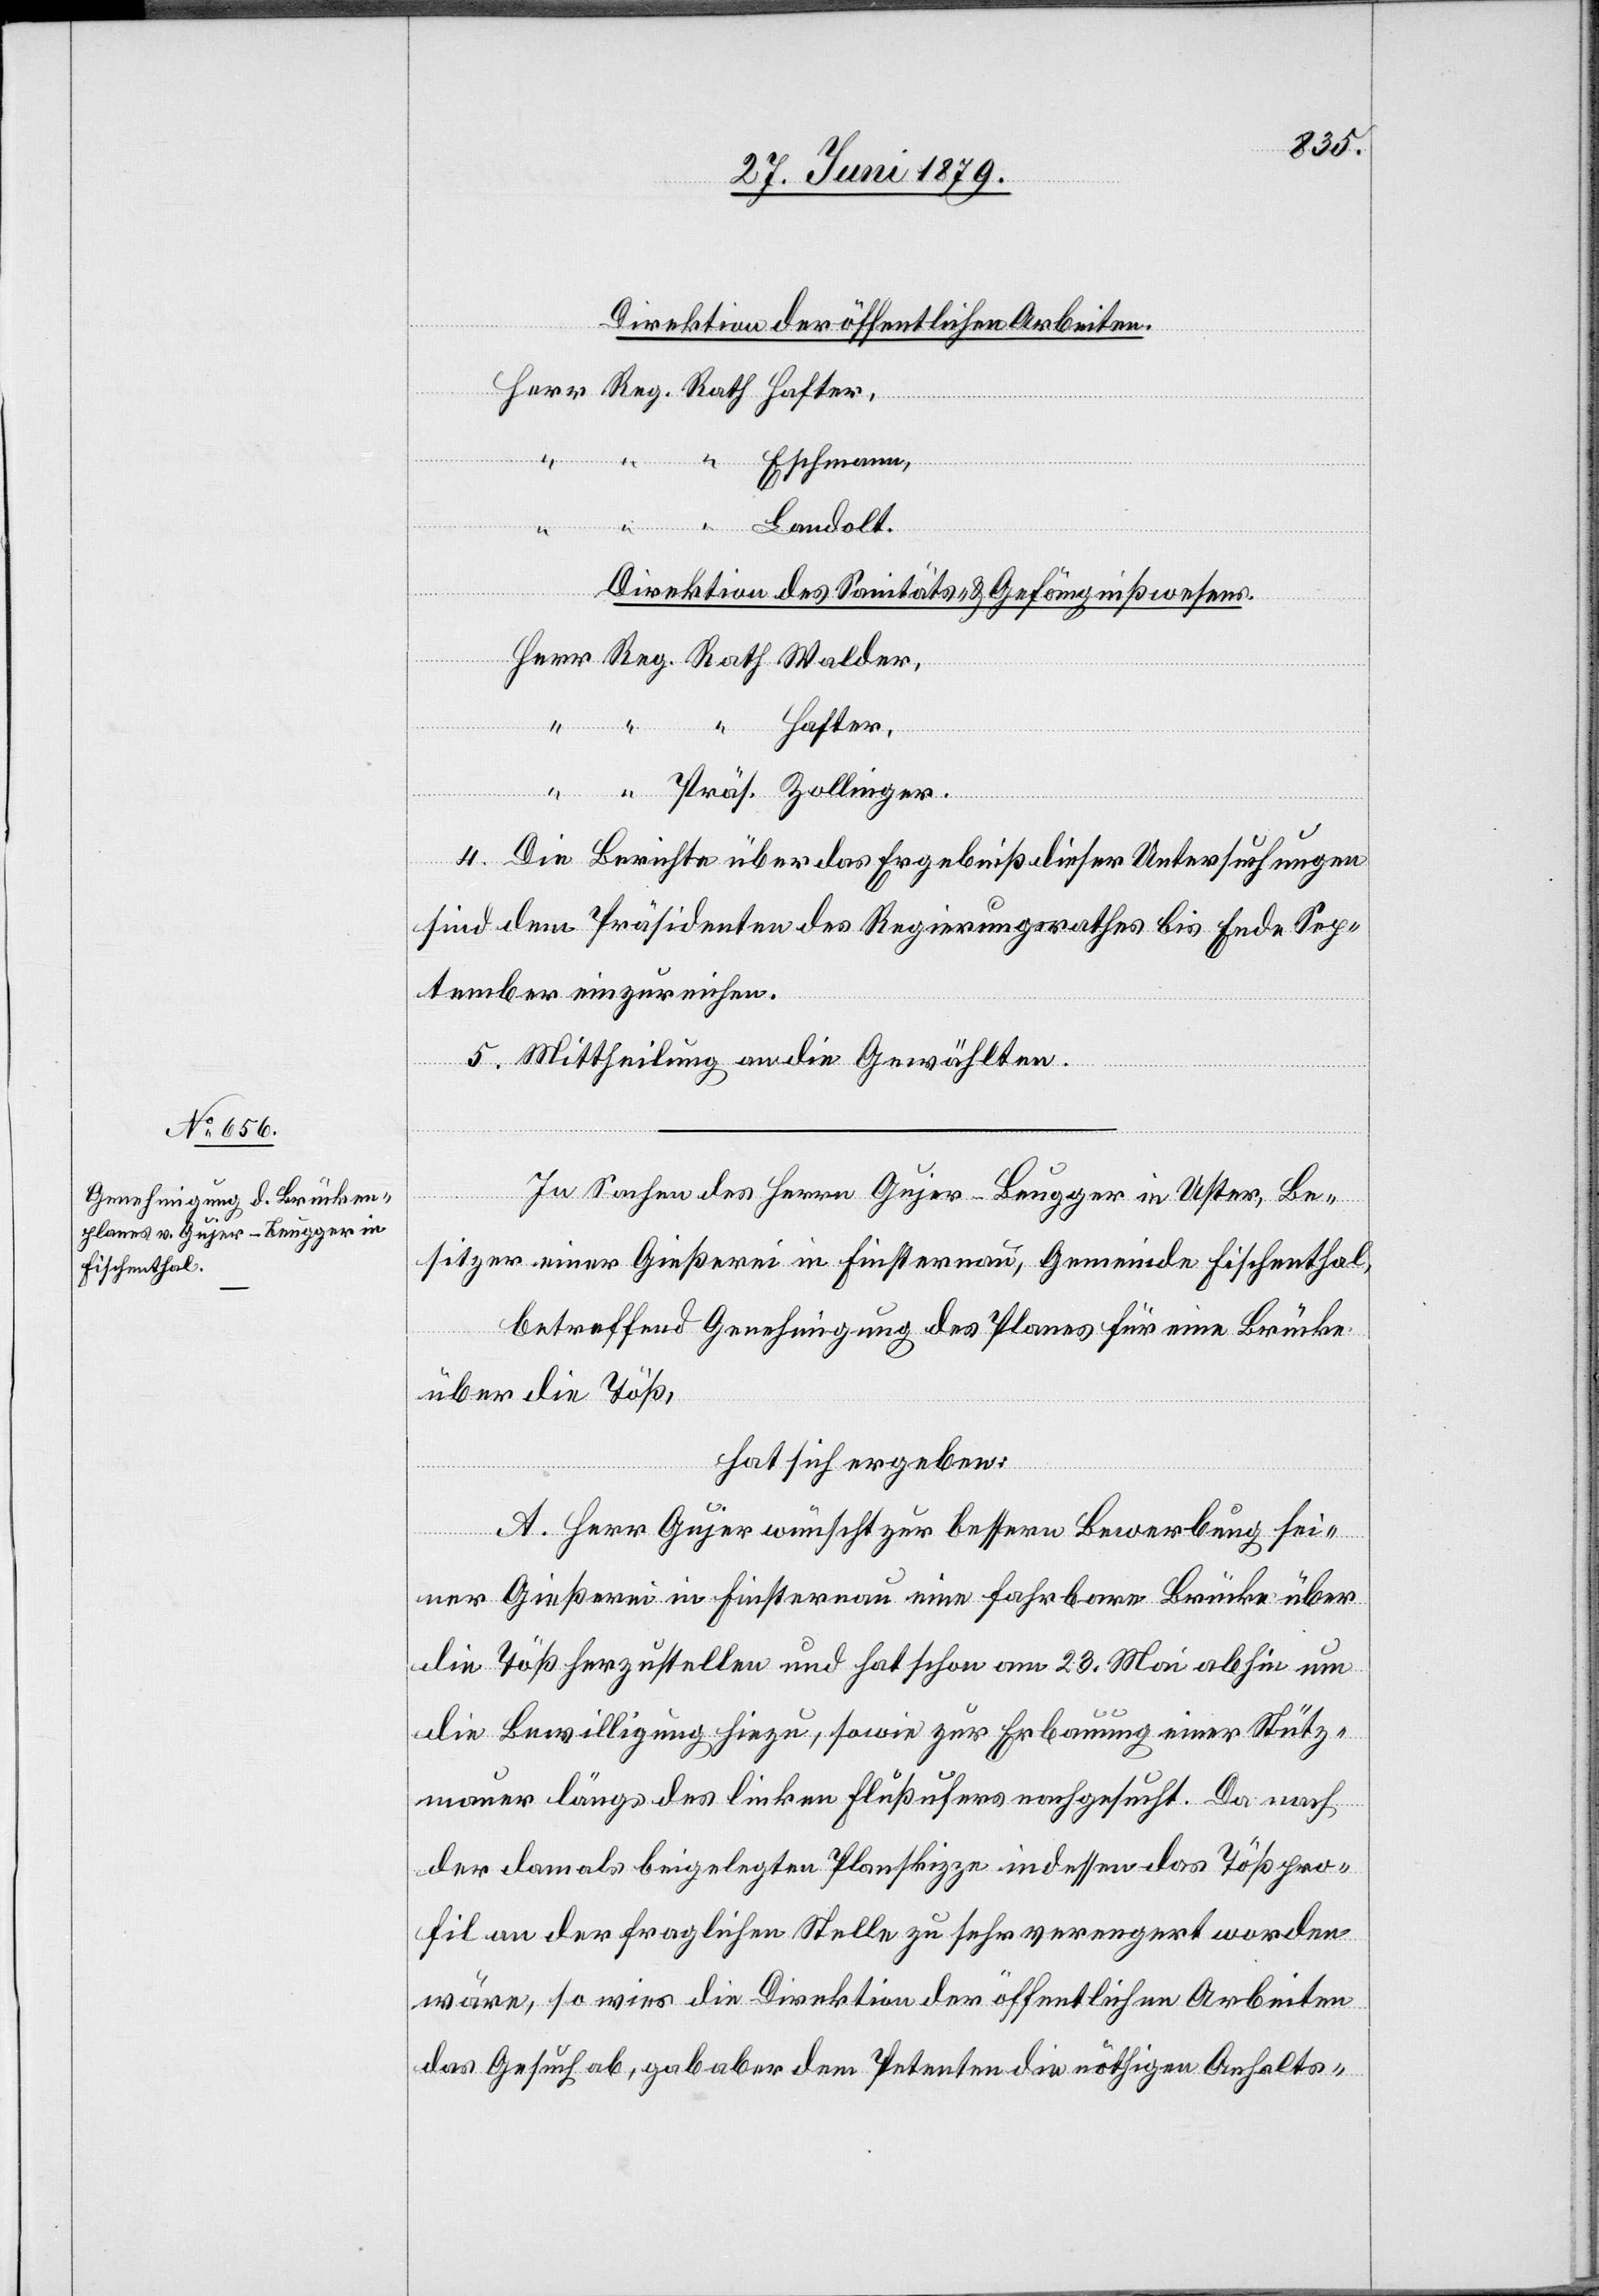
Direktion der öffentlichen Arbeiten.
Herr Reg. Rath Hafter,
“ Eschmann,
“ “ “ Landolt.
Direktion des Sanitäts- & Gefängnißwesens.
Herr Reg. Rath Walder,
“ “
Hafter,
“ “ Präs. Zollinger.
4. Die Berichte über das Ergebniß dieser Untersuchungen
sind dem Präsidenten des Regierungsrathes bis Ende Sep¬
tember einzureichen.
5. Mittheilung an die Gewählten.
In Sachen des Herrn Gujer-Beugger in Uster, Be¬
sitzer einer Gießerei in Finsternau, Gemeinde Fischenthal,
betreffend Genehmigung des Planes für eine Brücke
über die Töß,
hat sich ergeben:
A. Herr Gujer wünscht zur bessern Bewerbung sei¬
ner Gießerei in Finsternau eine fahrbare Brücke über
die Töß herzustellen und hat schon am 23. Mai abhin um
die Bewilligung hiezu, sowie zur Erbauung einer Stütz¬
mauer längs des linken Flußufers nachgesucht. Da nach
der damals beigelegten Planskizze indessen das Tößpro¬
fil an der fraglichen Stelle zu sehr verengert worden
wäre, so wies die Direktion der öffentlichen Arbeiten
das Gesuch ab, gab aber dem Petenten die nöthigen Anhalts-